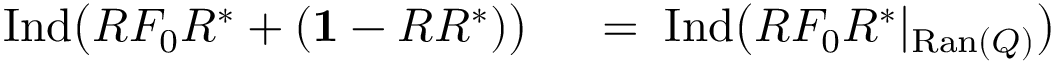
\begin{array} { r l } { \mathrm { I n d } \big ( R F _ { 0 } R ^ { * } + ( { \bf 1 } - R R ^ { * } ) \big ) } & { { } \; = \; \mathrm { I n d } \big ( R F _ { 0 } R ^ { * } | _ { \mathrm { R a n } ( Q ) } \big ) } \end{array}